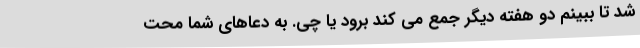
شد تا ببینم دو هفته دیگر جمع می کند برود یا چی. به دعاهای شما محت